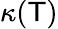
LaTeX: \kappa(\mathsf{T})